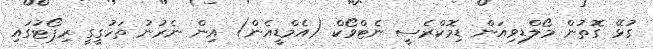
ގުޅޭ ގޮތުން މޯލްޑިވިއަން ޑިމޮކްރެސީ ނެޓްވޯކް (އެމްޑީއެން) އިން ނެރުނު ތަހުގީގީ ރިޕޯޓުގައި